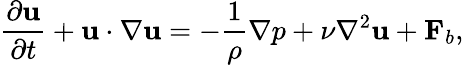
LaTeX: \frac{\partial{\mathbf u}}{\partial t}+{\mathbf u}\cdot\nabla{\mathbf u}=-\frac{1}{\rho}\nabla p+{\nu}{\nabla^{2}}{\mathbf u}+{\mathbf F_{b}},